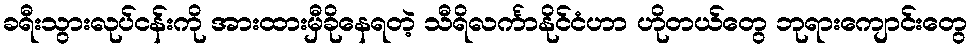
ခရီးသွားလုပ်ငန်းကို အားထားမှီခိုနေရတဲ့ သီရိလင်္ကာနိုင်ငံဟာ ဟိုတယ်တွေ ဘုရားကျောင်းတွေ